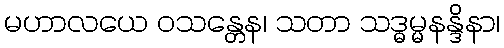
မဟာလယေ ဝသန္တေန၊ သတာ သဒ္ဓမ္မနန္ဒိနာ၊